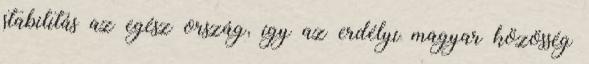
stabilitás az egész ország, így az erdélyi magyar közösség